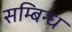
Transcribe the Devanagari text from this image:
सम्बिन्ध